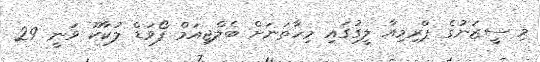
މި ސީޒަނުގެ ޕްރިމިއާ ލީގުގައި މިހާތަނަށް ބެލްޖިއަމް ފޯވަޑް ލުކާކޫ ވަނީ 29